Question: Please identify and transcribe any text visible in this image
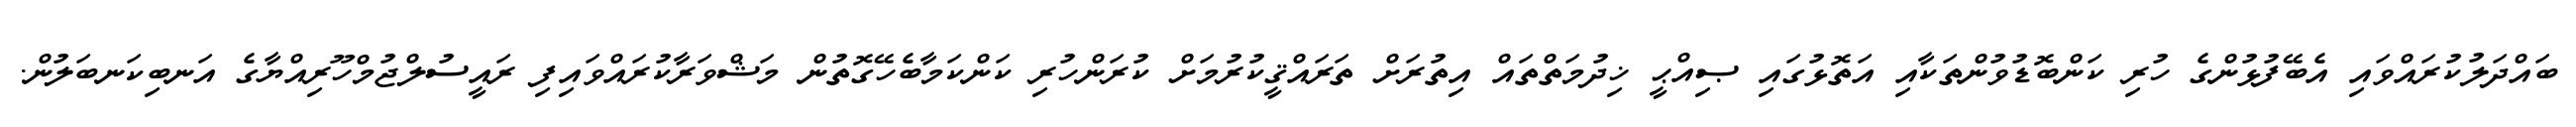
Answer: ބައްދަލުކުރައްވައި އެބޭފުޅުންގެ ހުރި ކަންބޮޑުވުންތަކާއި އަތޮޅުގައި ޞިއްޙީ ޚިދުމަތްތައް އިތުރަށް ތަރައްޤީކުރުމަށް ކުރަންހުރި ކަންކަމާބެހޭގޮތުން މަޝްވަރާކުރައްވައިފި ރައީސުލްޖުމްހޫރިއްޔާގެ އަނބިކަނބަލުން.